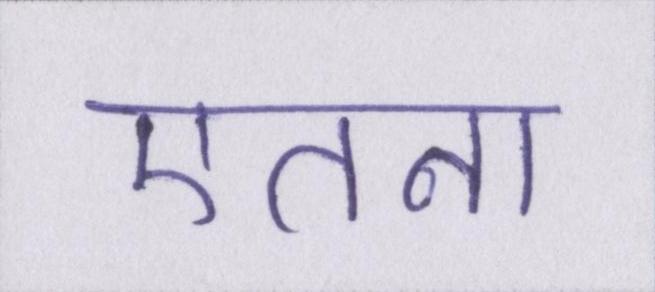
एतना